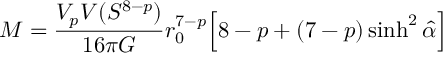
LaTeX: M = \frac { V _ { p } V ( S ^ { 8 - p } ) } { 1 6 \pi G } r _ { 0 } ^ { 7 - p } \Big [ 8 - p + ( 7 - p ) \sinh ^ { 2 } \hat { \alpha } \Big ]